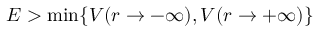
E > \min \{ V ( r \to - \infty ) , V ( r \to + \infty ) \}